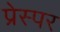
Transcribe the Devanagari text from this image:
प्रेस्पर